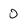
Character: 0